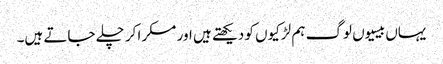
یہاں بیسیوں لوگ ہم لڑکیوں کو دیکھتے ہیں اور مسکرا کر چلے جاتے ہیں۔